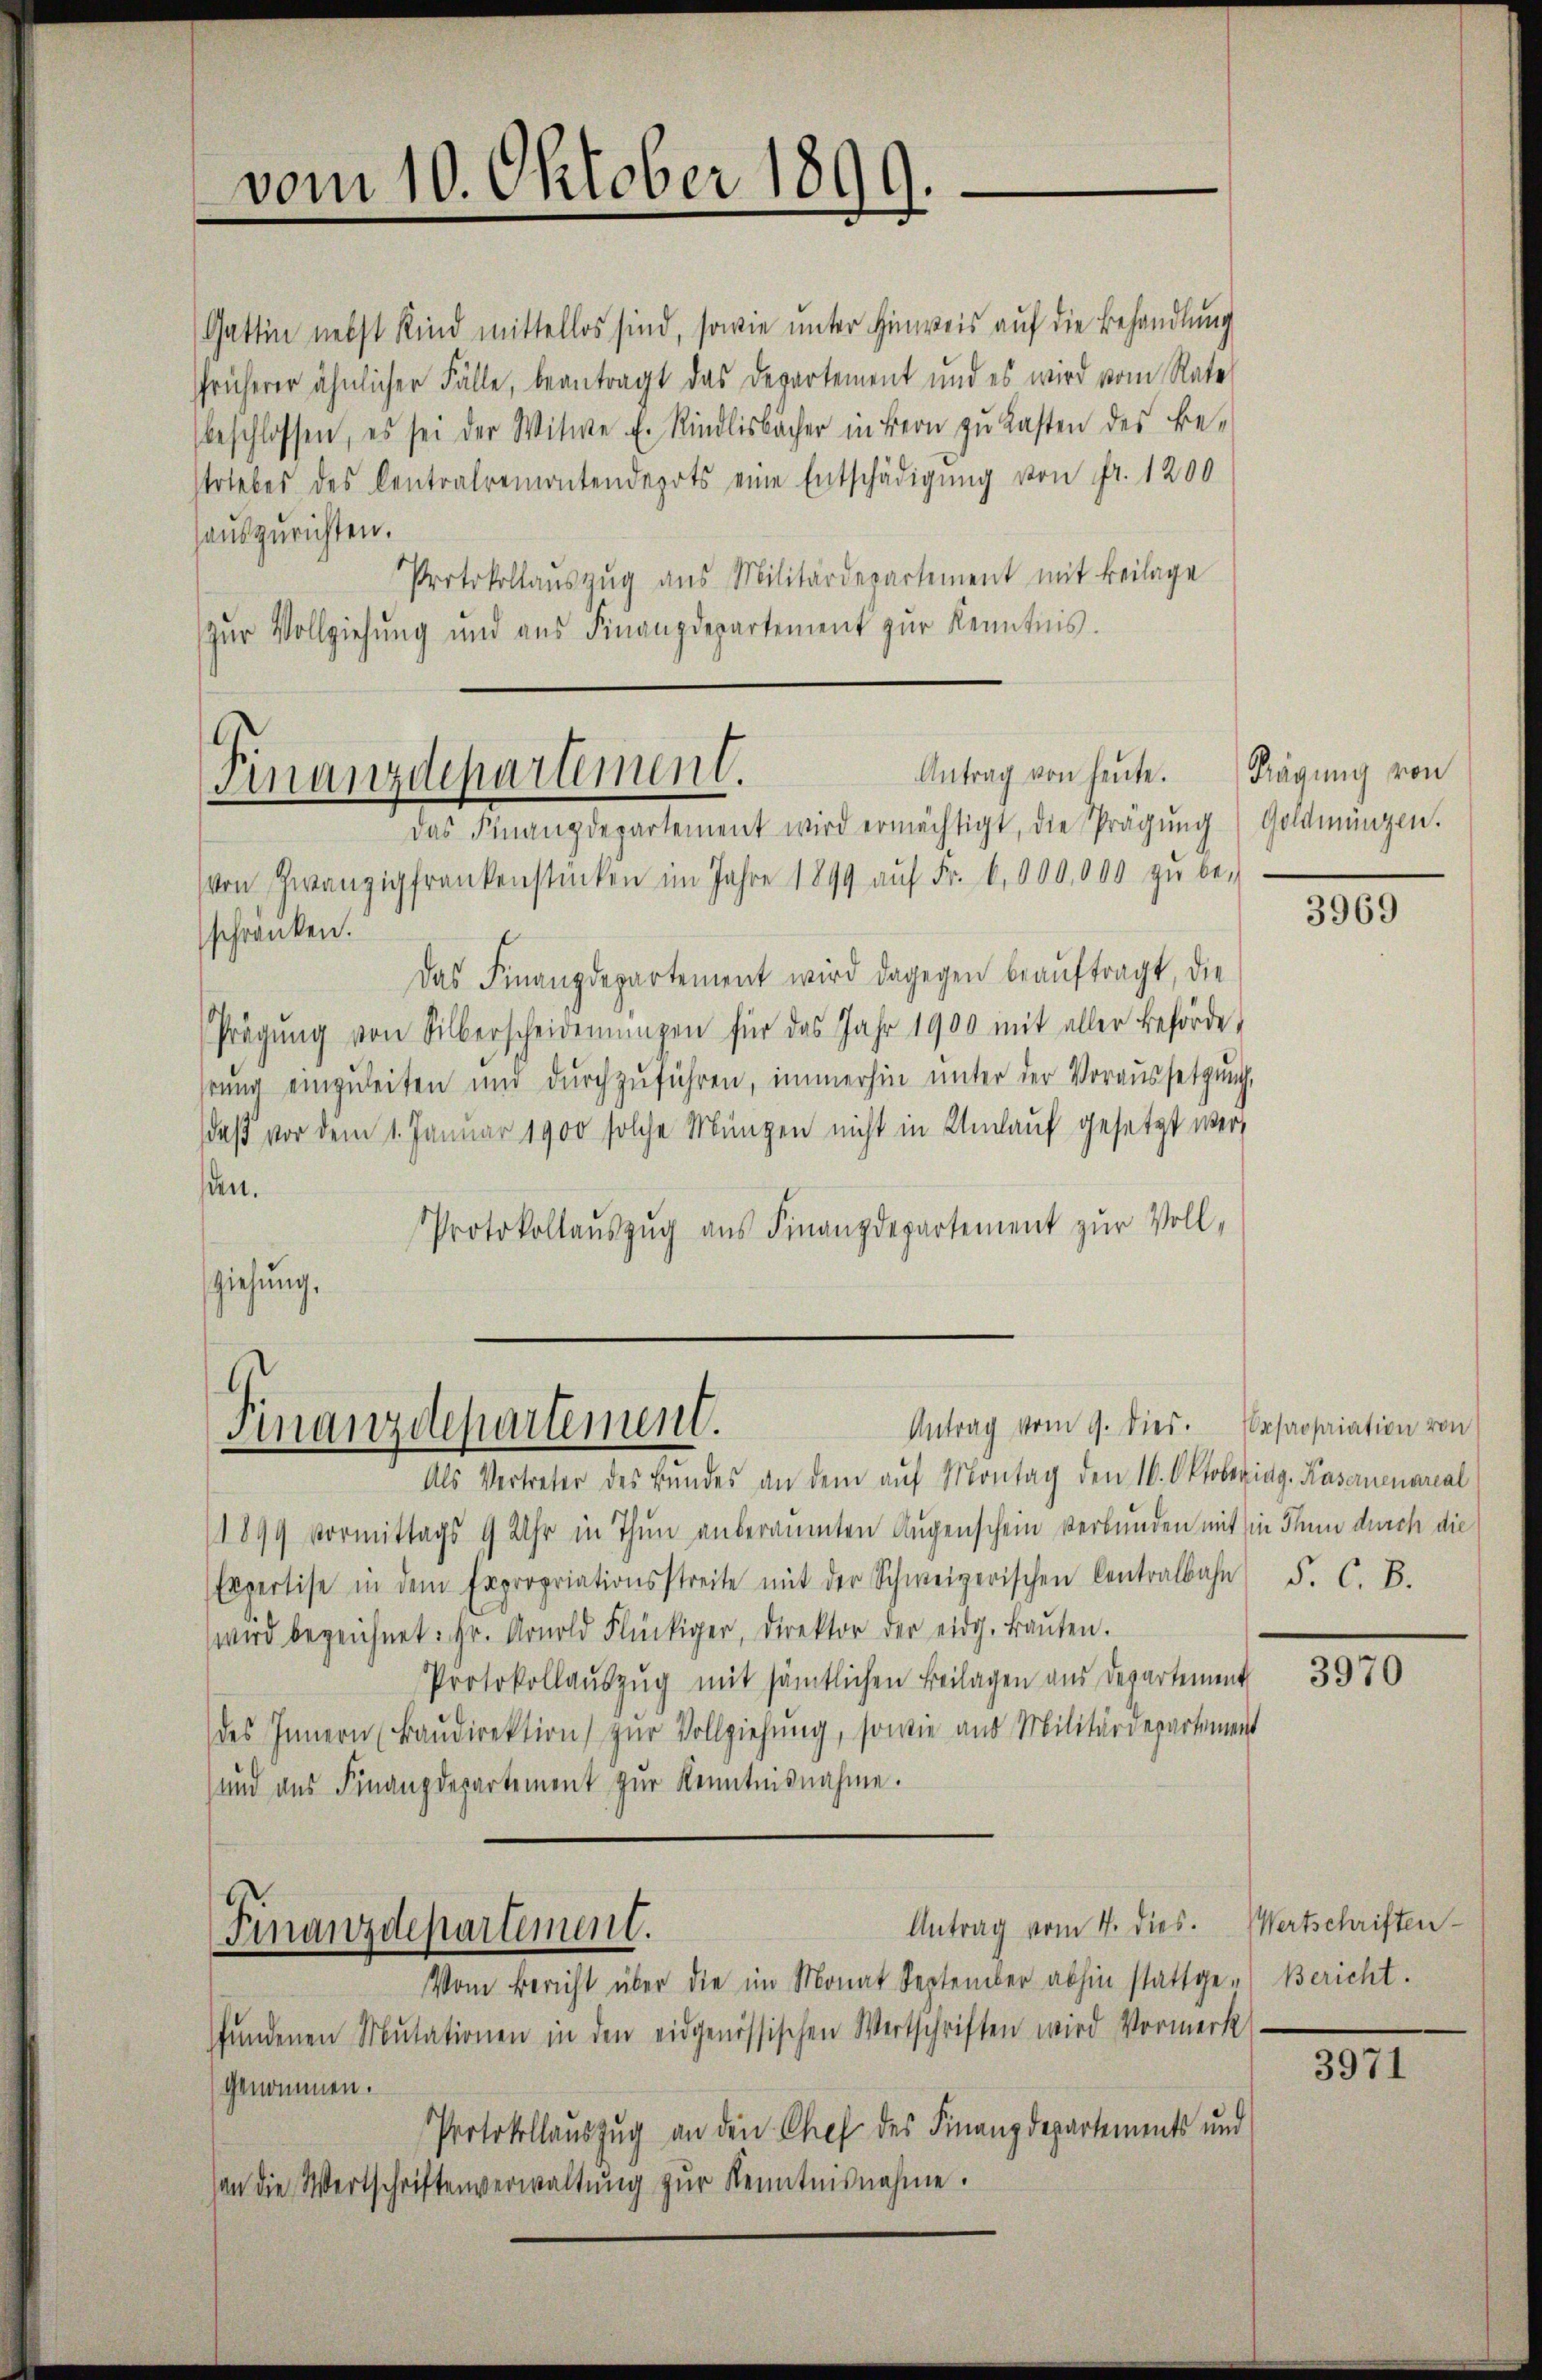
Gattin nebst Kind mittellos sind, sowie unter Hinweis auf die Behandlung
früherer ähnlicher Fälle, beantragt das Departement und es wird vom Rate
beschlossen, es sei der Witwe E. Rindlisbächer in Bern zu Lasten des Be¬
Urlebes des Centralremontendepots eine Entschädigŭng von Fr. 1200
hauszurichten.
Protokollaŭszŭg ans Militärdepartement mit Beilage
zŭr Vollziehung und aus Finanzdepartement zŭr Kenntnis.

vom 10. Oktober 1899.

Antrag von heute.
Finanzdepartement.
das Finanzdepartement wird ermächtigt, die Prägŭng (Goldmüngen.

von Zwanzig frankenstücken im Jahre 1899 aŭf Fr. 6,000,000 zŭ be-
sschranken.
Das Finanzdepartement wird dagegen beaŭftragt, die
Prägŭng von Silberscheiderŭngen für das Jahr 1900 mit aller Behörde,
rŭng einzŭleiten und dŭrchzŭführen, immerhin ŭnter der Voraussetzŭng,
daß vor dem 1. Januar 1900 solche Müngen nicht in Umlauf gesetzt werd
sen.
Protokollauszug aus Finanzdepartement zur Vollziehung.

Antrag vom 9. dies. Wasaosariation von
Finanzdepartement.

Als Vertreter des Bundes an dem aŭf Montag den 16. Oktobering. Kasernenareal
1899 Vormittags 9 Uhr in Thun anberaumten Augenschein verbunden mit in Thun durch die
Expertise in dem Expropriationsstreite mit der Schweizerischen Centralbahn F. C. B.
wird bezeichnet: Hr. Arnold Flückiger, Direktor der eidg. Baŭten.
Protokollauszug mit sämtlichen Beilagen aus Departement
des Innern (Baŭdirektion zŭr Vollziehŭng, sowie aus Militärdepartement
und aus Finanzdepartement zur Kenntnisnahme.

Finanzdepartement.

Antrag vom 4. dies. Wertschriften

Krägung von

3969

Vom Bericht über die im Monat September abhin stattge-Bericht.
fŭndenen Mutationen in den eidgenössischen Wertschriften wird Vormerk
genommen.
Protokollauszug an den Chef des Finanzdepartements und
an die Wertschriftenverwaltung zur Kenntnisnahme.

3970

3971